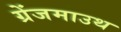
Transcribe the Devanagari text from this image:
ग्रेंजमाउथ